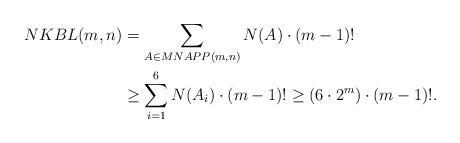
LaTeX: \begin{align*} NKBL(m,n) &= \sum_{A\in MNAPP(m,n)} N(A) \cdot (m-1)! \\ &\ge \sum_{i=1}^{6} N(A_i) \cdot (m-1)! \ge (6\cdot 2^m)\cdot (m-1)!.\end{align*}